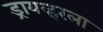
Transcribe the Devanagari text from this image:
ड्रायव्हरला